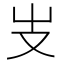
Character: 𠬢